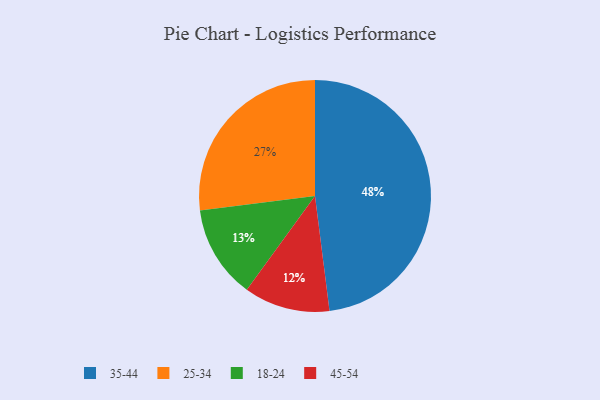
{"axis": {"x": "Category", "y": "Percentage"}, "legend": ["18-24", "25-34", "35-44", "45-54"], "data": [{"x": "45-54", "y": 12, "type": "45-54"}, {"x": "18-24", "y": 13, "type": "18-24"}, {"x": "25-34", "y": 27, "type": "25-34"}, {"x": "35-44", "y": 48, "type": "35-44"}]}